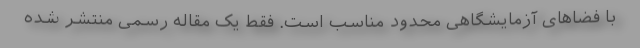
با فضاهای آزمایشگاهی محدود مناسب است. فقط یک مقاله رسمی منتشر شده